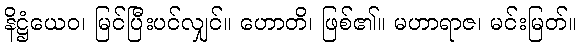
နိဋ္ဌံယေဝ၊ မြင်ပြီးပင်လျှင်။ ဟောတိ၊ ဖြစ်၏။ မဟာရာဇ၊ မင်းမြတ်။